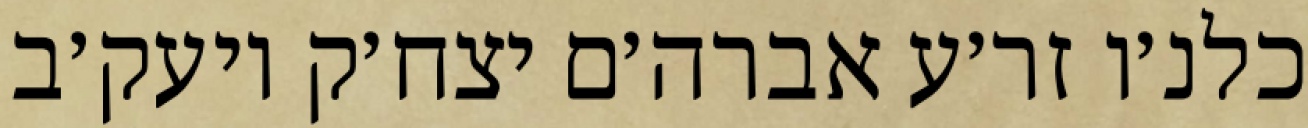
כלנ׳ו זר׳ע אברה׳ם יצח׳ק ויעק׳ב